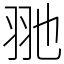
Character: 𦏸